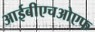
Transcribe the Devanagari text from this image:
आईबीएचओएफ